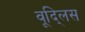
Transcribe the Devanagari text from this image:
वूद्लिस